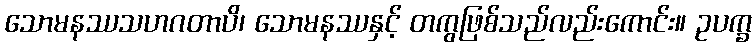
သောမနဿသဟဂတာပိ၊ သောမနဿနှင့် တကွဖြစ်သည်လည်းကောင်း။ ဥပက္ခ